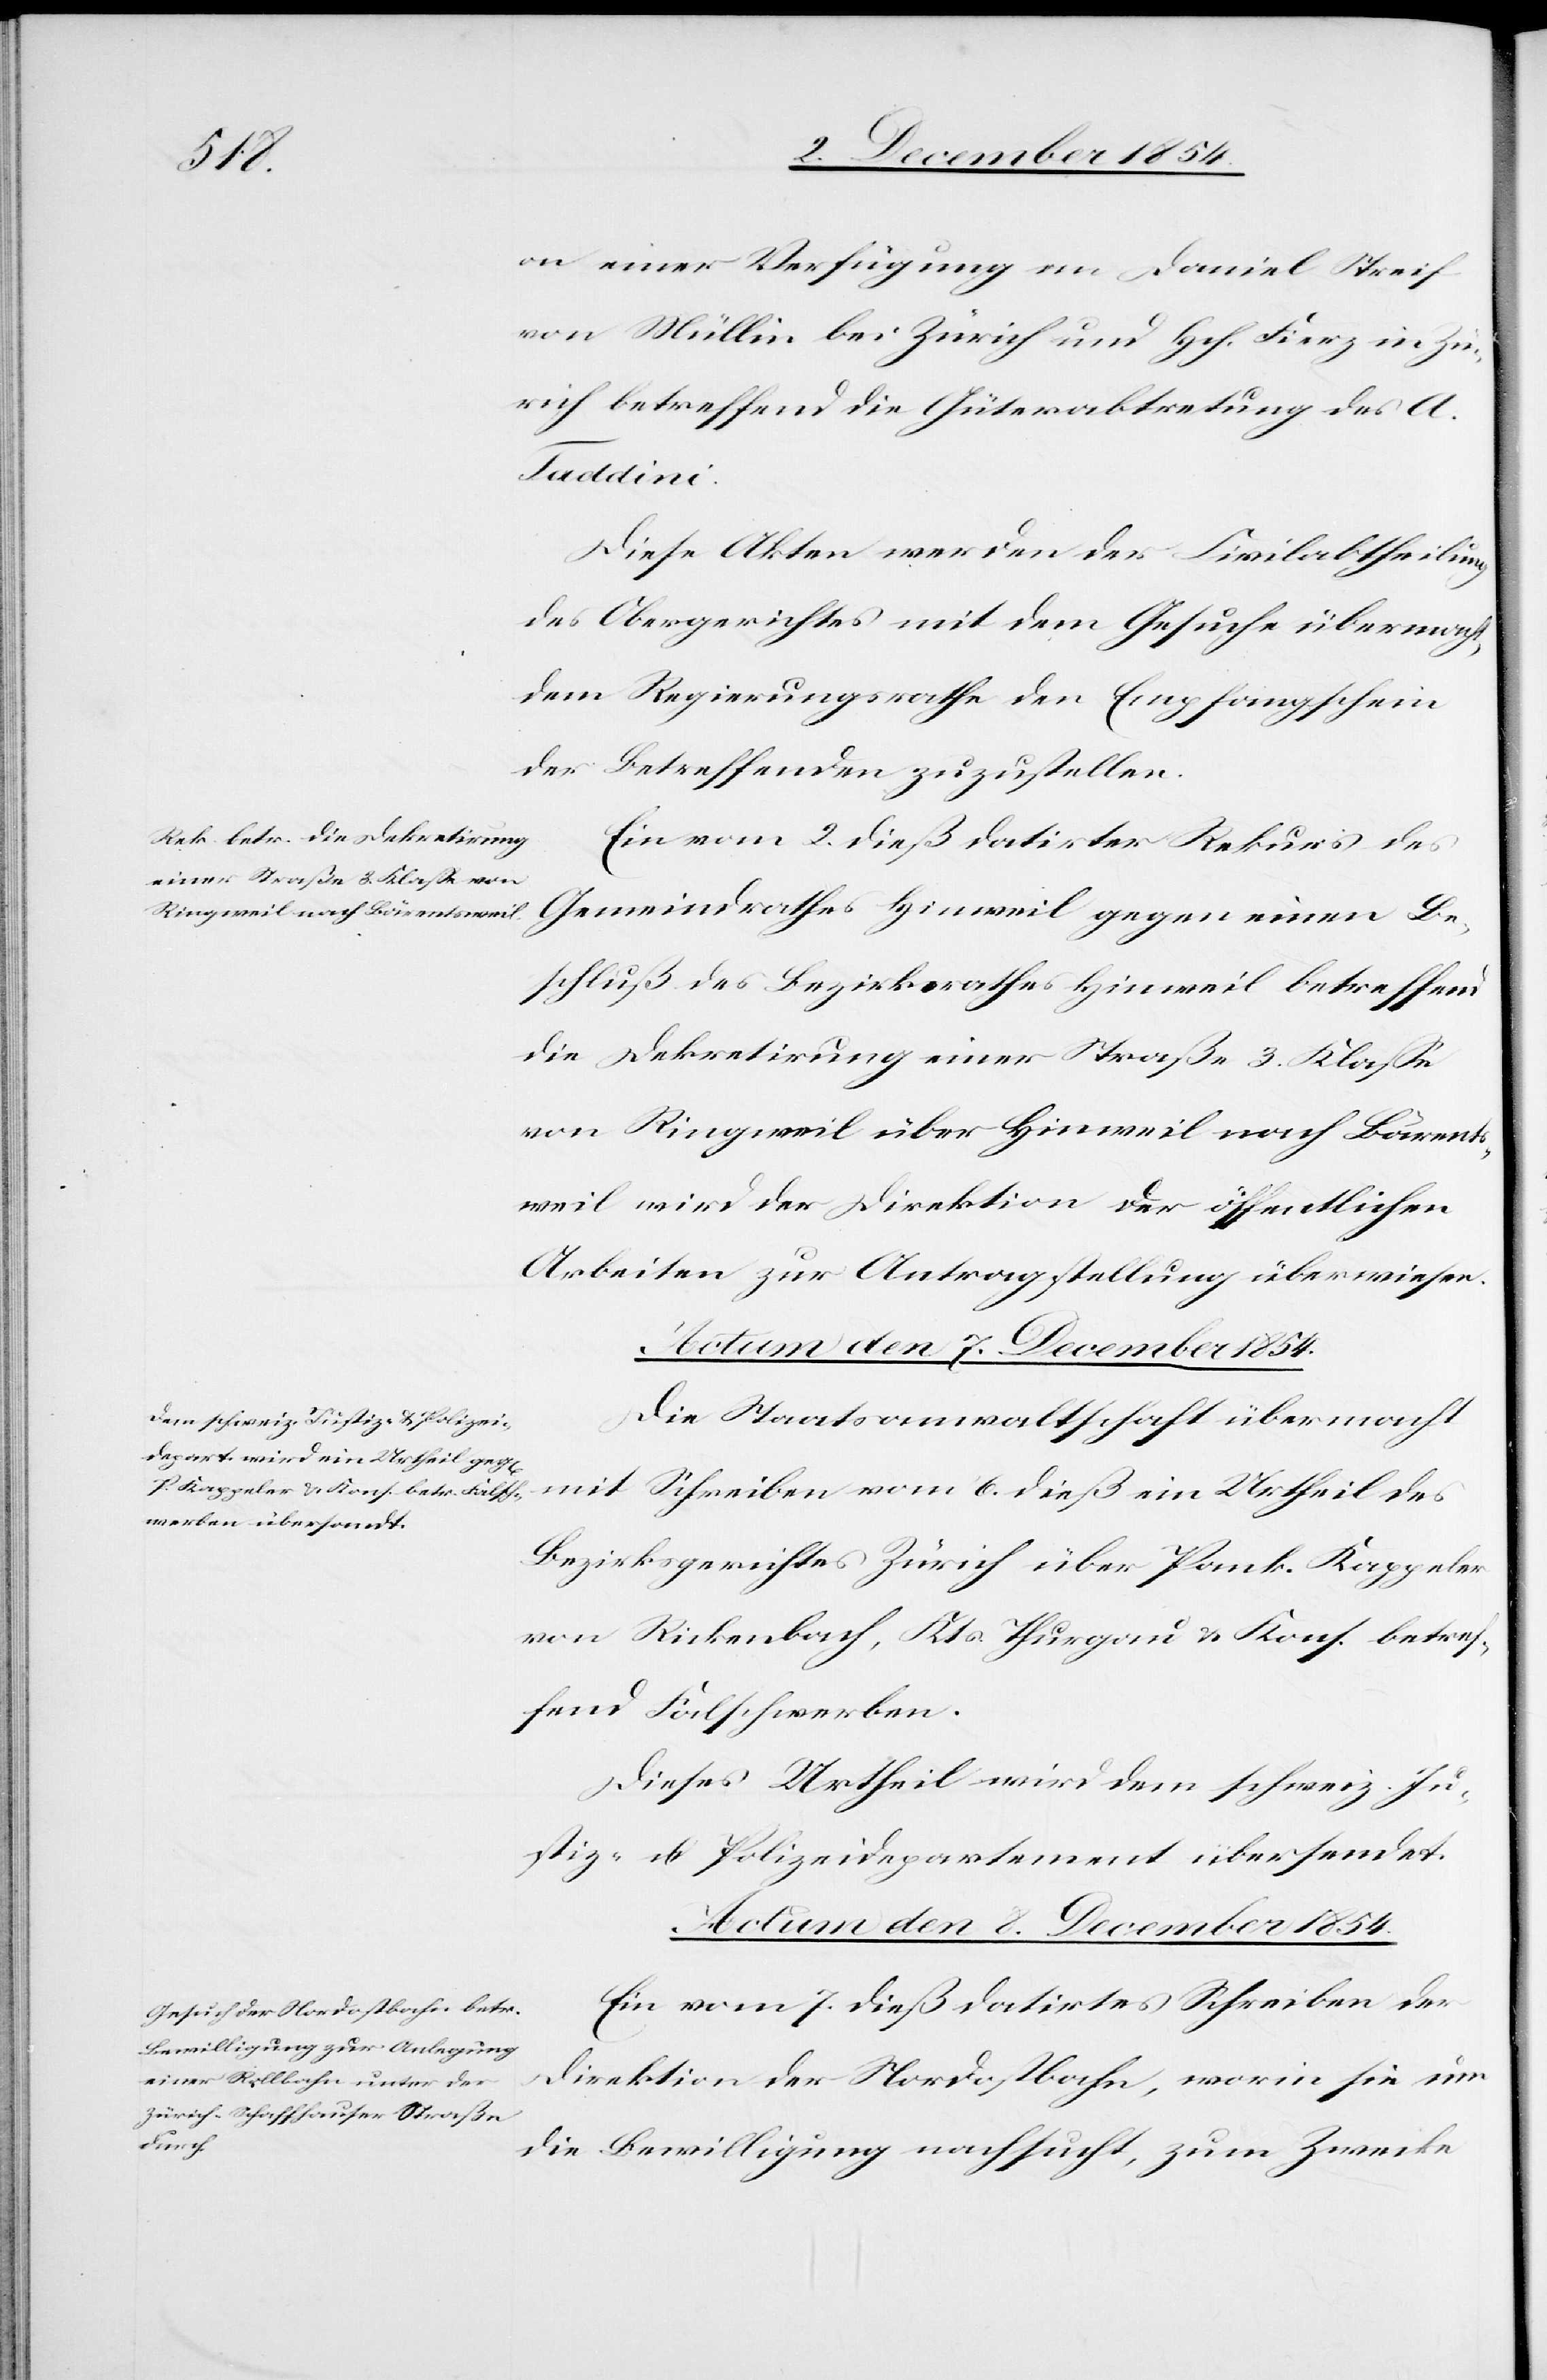
on einer Verfügung an Daniel Streif[f]
von Müllin bei Zürich und Hch. Fierz in Zü¬
rich betreffend die Güterabtretung des A.
Taddini.
Diese Akten werden der Civilabtheilung
des Obergerichtes mit dem Gesuche übermacht,
dem Regierungsrathe den Empfangschein
der Betreffenden zuzustellen.
Ein vom 2. dieß datirter Rekurs des
Gemeindrathes Hinweil gegen einen Be¬
schluß des Bezirksrathes Hinweil betreffend
die Dekretirung einer Straße 3. Klaße
von Ringweil über Hinweil nach Bärents¬
weil wird der Direktion der öffentlichen
Arbeiten zur Antragstellung überwiesen.
Die Staatsanwaltschaft übermacht
mit Schreiben vom 6. dieß ein Urtheil des
Bezirksgerichtes Zürich über Pank. Kappeler
von Rickenbach, Kts. Thurgau u. Kons. betref¬
fend Falschwerben.
Dieses Urtheil wird dem schweiz. Ju¬
stiz- u. Polizeidepartement übersendet.
Actum den 8. December 1854.
Ein vom 7. dieß datirtes Schreiben der
Direktion der Nordostbahn, worin sie um
die Bewilligung nachsucht, zum Zwecke